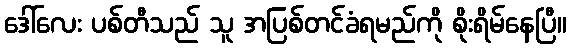
ဒေါ်လေး ပစ်တီသည် သူ အပြစ်တင်ခံရမည်ကို စိုးရိမ်နေပြီ။